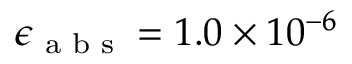
\epsilon _ { \textup { a b s } } = 1 . 0 \times 1 0 ^ { - 6 }